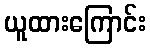
ယူထားကြောင်း